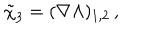
\tilde { \chi } _ { 3 } = ( \nabla \Lambda ) _ { 1 , 2 } \, ,